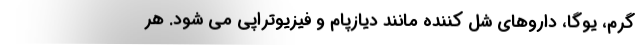
گرم، یوگا، داروهای شل کننده مانند دیازپام و فیزیوتراپی می شود. هر